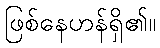
ဖြစ်နေဟန်ရှိ၏။